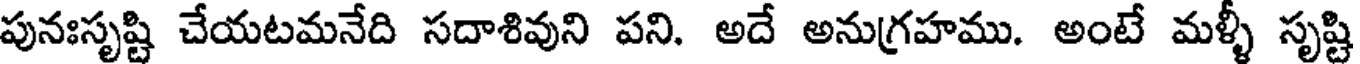
పునఃసృష్టి చేయటమనేది సదాశివుని పని. అదే అనుగ్రహము. అంటే మళ్ళీ సృష్టి